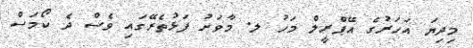
މިދިޔަ އަހަރުގެ އޭޕްރީލް މަހު ލ. މާވަށު ފަޅުތެރޭގައި ވެސް ދެ ކޯމަސް